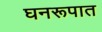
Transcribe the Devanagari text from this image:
घनरूपात